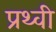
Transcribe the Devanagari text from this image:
प्रथ्‍वी